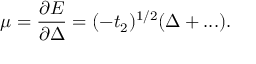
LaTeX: \mu = \frac { \partial E } { \partial \Delta } = ( - t _ { 2 } ) ^ { 1 / 2 } ( \Delta + . . . ) .